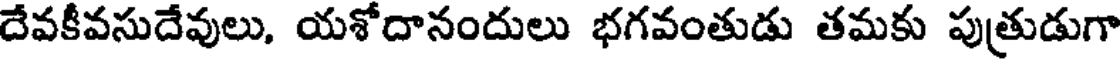
దేవకీవసుదేవులు, యశోదానందులు భగవంతుడు తమకు పుత్రుడుగా